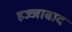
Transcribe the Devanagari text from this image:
हज्जाबाद